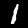
Label: 1